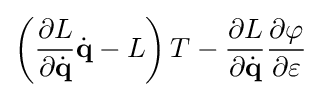
\left({\frac {\partial L}{\partial {\dot {\mathbf {q} }}}}{\dot {\mathbf {q} }}-L\right)T-{\frac {\partial L}{\partial {\dot {\mathbf {q} }}}}{\frac {\partial \varphi }{\partial \varepsilon }}